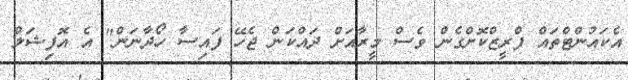
އެކައުންޓްތައް ފްރީޒްކޮށްގެން ވެސް މީރާއަށް ދައްކަން ޖެހޭ ފައިސާ ހޯދާނަން" އެ އޮފިޝަލް